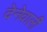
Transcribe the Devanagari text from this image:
देनेवालीे